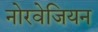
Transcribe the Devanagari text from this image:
नोरवेजियन